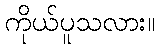
ကိုယ်ပူသလား။